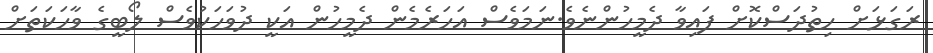
ރަގަޅަށް ހިތުދަސްކޮށް ފައިވާ ދެމީހުންނެވެ.ނަމަވެސް އަހަރެމެން ދެމީހުން އަކީ ދުވަހަކުވެސް ލޯބީގެ ވާހަކަތަށް